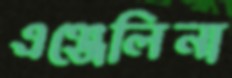
এঞ্জেলিনা